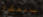
بالفكرة